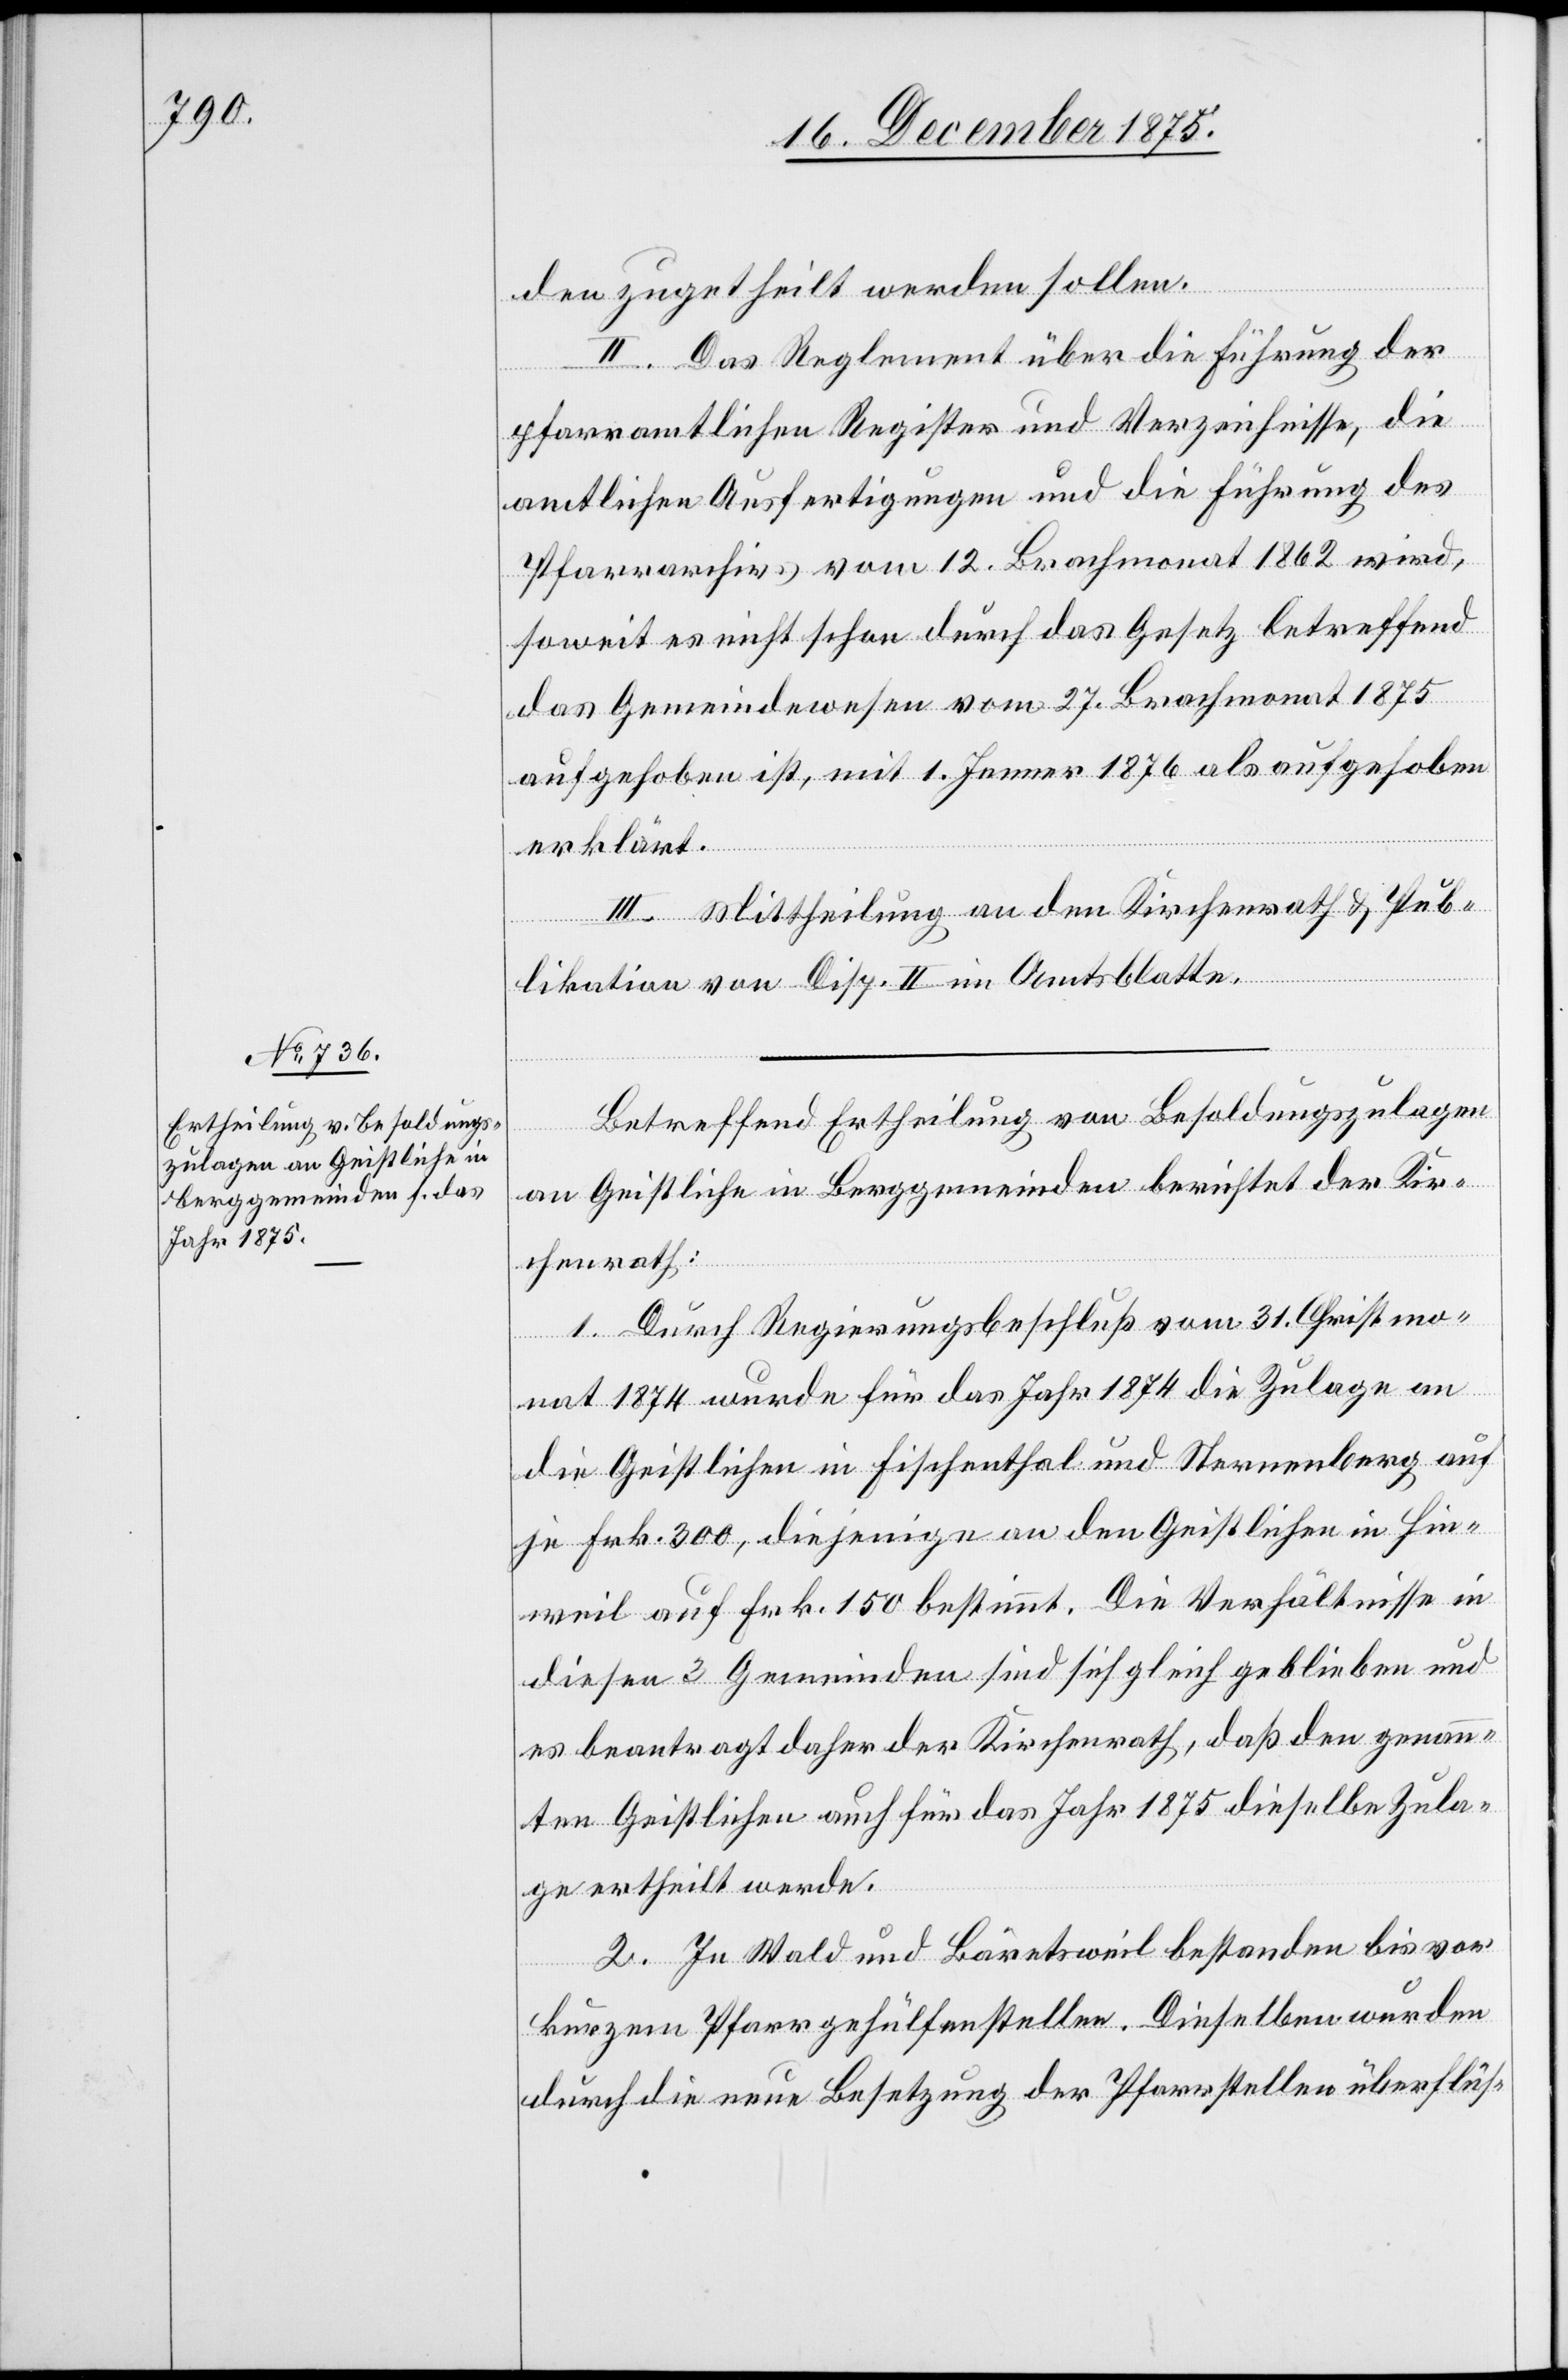
den zugetheilt werden sollen.
II. Das Reglement über die Führung der
pfarramtlichen Register und Verzeichnisse, die
amtlichen Ausfertigungen und die Führung des
Pfarrarchivs vom 12. Brachmonat 1862 wird,
soweit es nicht schon durch das Gesetz betreffend
das Gemeindewesen vom 27. Brachmonat 1875
aufgehoben ist, mit 1. Jenner 1876 als aufgehoben
erklärt.
III. Mittheilung an den Kirchenrath & Pub¬
likation von Disp. II. im Amtsblatte.
Betreffend Ertheilung von Besoldungszulagen
an Geistliche in Berggemeinden berichtet der Kir¬
chenrath:
1. Durch Regierungsbeschluß vom 31. Christmo¬
nat 1874 wurde für das Jahr 1874 die Zulage an
die Geistlichen in Fischenthal und Sternenberg auf
je Frk. 300, diejenige an den Geistlichen in Hin¬
weil auf Frk. 150 bestimmt. Die Verhältnisse in
diesen 3 Gemeinden sind sich gleich geblieben und
es beantragt daher der Kirchenrath, daß den genann¬
ten Geistlichen auch für das Jahr 1875 dieselbe Zula¬
ge ertheilt werde.
2. In Wald und Bäretsweil bestanden bis vor
kurzem Pfarrgehülfenstellen. Dieselben wurden
durch die neue Besetzung der Pfarrstellen überflüs-